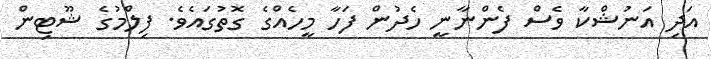
އަދި އަނުޝްކާ ވެސް ފެންނާނީ ހެދުން ފަހާ މީހެއްގެ ގޮތުގައެވެ. ފިލްމުގެ ޝޫޓިން